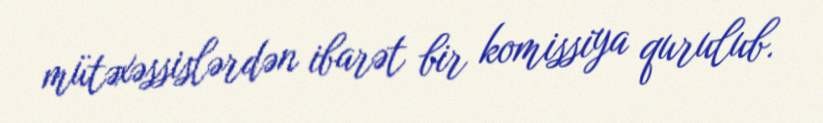
mütəxəssislərdən ibarət bir komissiya qurulub.